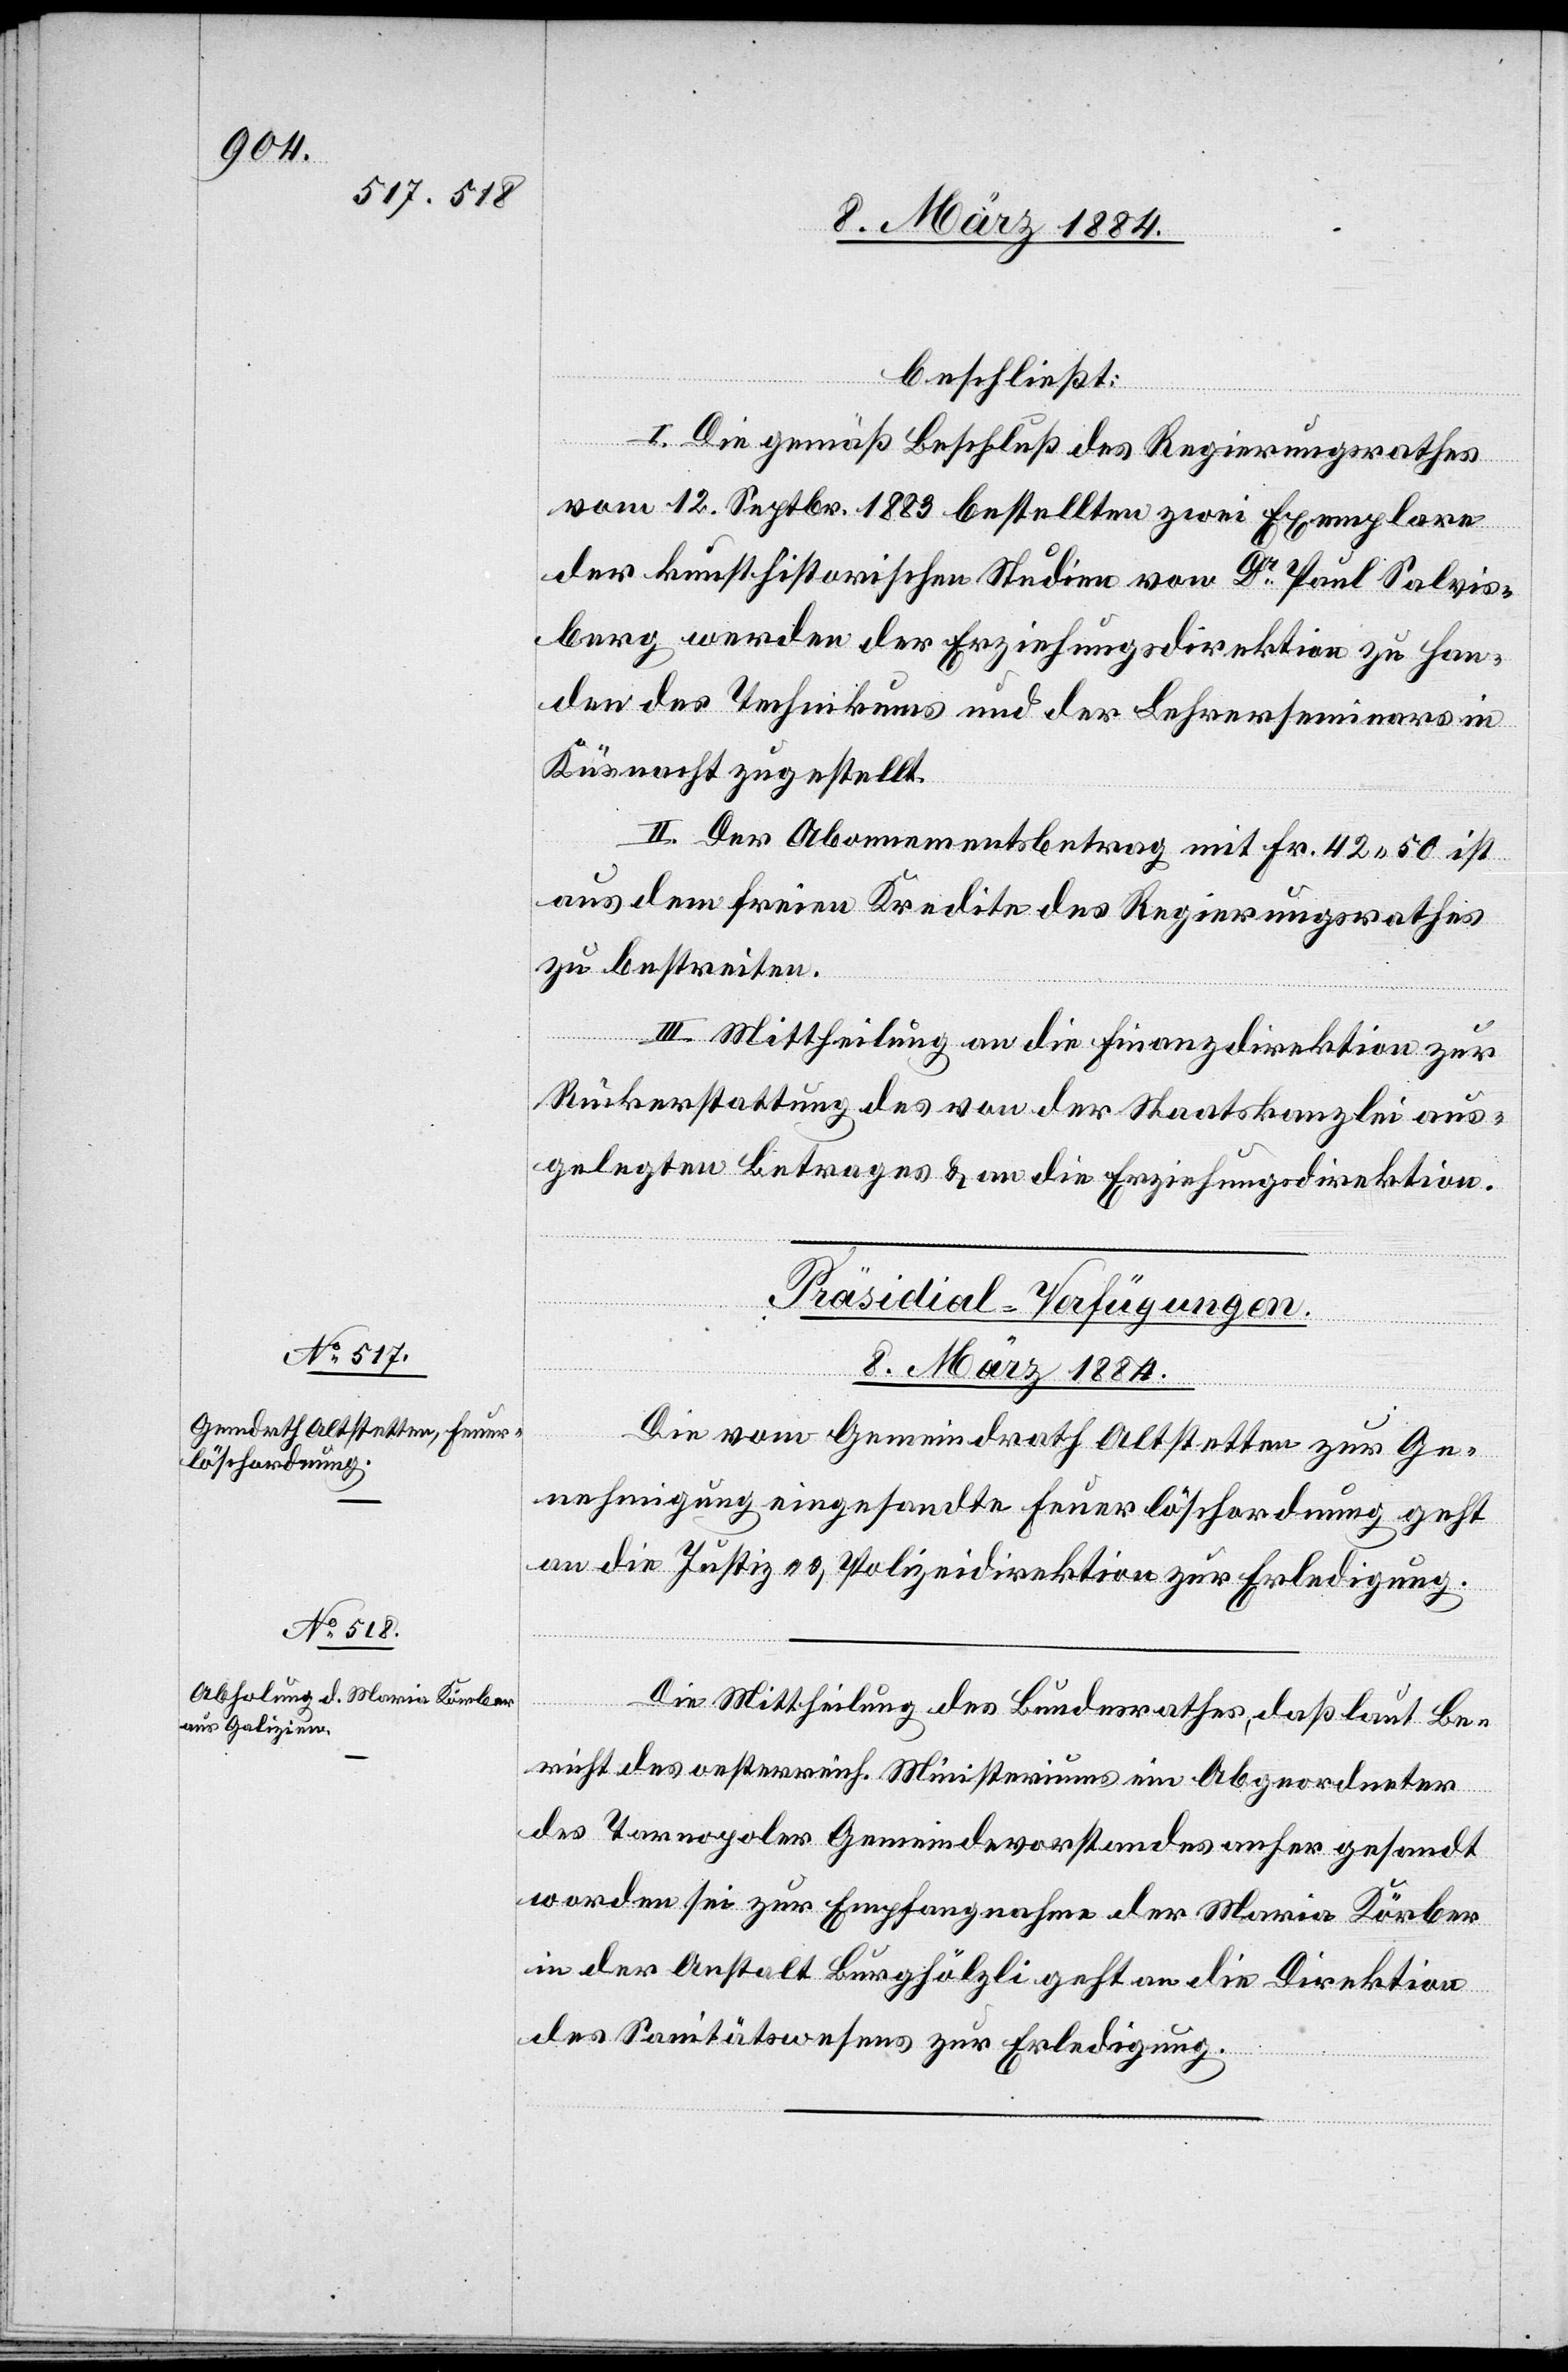
8. März 1884.]
beschließt:
I. Die gemäß Beschluß des Regierungsrathes
vom 12. Septbr. 1883 bestellten zwei Exemplare
der kunsthistorischen Studien von Dr Paul Salvis¬
berg werden der Erziehungsdirektion zu Han¬
den des Technikums und der [sic!] Lehrerseminars in
Küsnacht zugestellt.
II. Der Abonnementsbetrag mit Fr. 42 50 ist
aus dem freien Kredite des Regierungsrathes
zu bestreiten.
III. Mittheilung an die Finanzdirektion zur
Rückerstattung des von der Staatskanzlei aus¬
gelegten Betrages & an die Erziehungsdirektion.
[Präsidial-Verfügungen.
8. März 1884.
Die vom Gemeindrath Altstetten zur Ge¬
nehmigung eingesandte Feuerlöschordnung geht
an die Justiz- & Polizeidirektion zur Erledigung.
Die Mittheilung des Bundesrathes, daß laut Be¬
richt des oesterreich. Ministeriums ein Abgeordneter
des Tarnopoler Gemeindevorstandes anher gesandt
worden sei zur Empfangnahme der Maria Körber
in der Anstalt Burghölzli geht an die Direktion
des Sanitätswesens zur Erledigung.